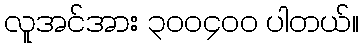
လူအင်အား ၃၀၀၄၀၀ ပါတယ်။